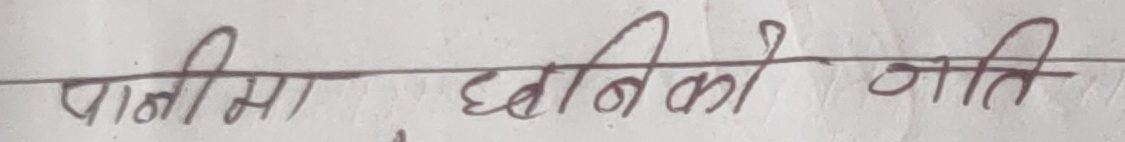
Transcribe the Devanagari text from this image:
पानीमा छनिको गति